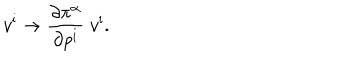
v ^ { \mathrm { i } } \rightarrow { \frac { \partial \pi ^ { \alpha } } { \partial p ^ { \mathrm { i } } } } \; v ^ { \mathrm { i } } .